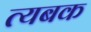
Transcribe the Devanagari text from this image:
त्यबक